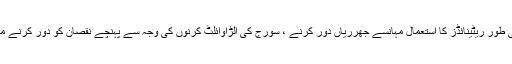
وٹامن اے کا ہی طور ریٹینائڈز کا استعمال مہانسے جھرریاں دور کرنے ، سورج کی الڑاوائلٹ کرنوں کی وجہ سے پہنچے نقصان کو دور کرنے میں کیا جاتا ہے۔